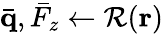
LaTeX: \bar{\mathbf q},\bar{F}_{z}\gets\mathcal{R}(\mathbf r)